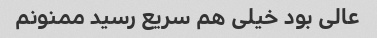
عالی بود خیلی هم سریع رسید ممنونم